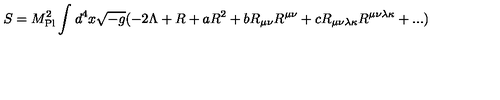
S = { M } _ { \mathrm { { P l } } } ^ { 2 } \int _ { } ^ { } { d } ^ { 4 } x \sqrt { - g } ( - 2 \Lambda + R + a { R } ^ { 2 } + b { R } _ { \mu \nu } { R } ^ { \mu \nu } + c { R } _ { \mu \nu \lambda \kappa } { R } ^ { \mu \nu \lambda \kappa } + . . . )